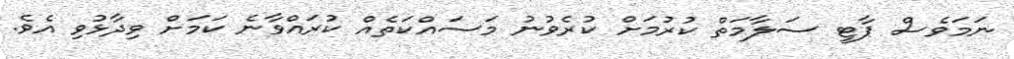
ނަމަވެސް ޕާޓީ ސަލާމަތް ކުރުމަށް ކުރެވުނު މަސައްކަތެއް ކުރައްވާނެ ކަމަށް ވިދާޅުވި އެވެ.